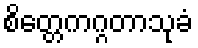
စိတ္တေကဂ္ဂတာသုခံ